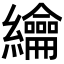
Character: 𦇬